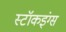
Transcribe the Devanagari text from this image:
स्टॉकइंग्स